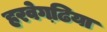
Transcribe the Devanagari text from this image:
हरवेगढि़या